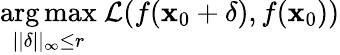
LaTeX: \underset{||\delta||_{\infty}\le r}{\arg\operatorname*{max}}~\mathcal{L}(f(\mathbf{x}_{0}+\delta),f(\mathbf{x}_{0}))